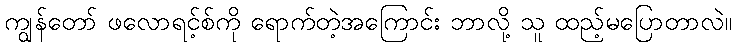
ကျွန်တော် ဖလောရင့်စ်ကို ရောက်တဲ့အကြောင်း ဘာလို့ သူ ထည့်မပြောတာလဲ။